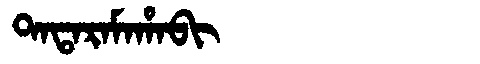
Manchu: ᡨᠠᡨᠠᡵᠠᠮᠠᡥᠠᠪᡳ
Romanization: TATARAMAHABI